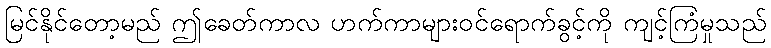
မြင်နိုင်တော့မည် ဤခေတ်ကာလ ဟက်ကာများဝင်ရောက်ခွင့်ကို ကျင့်ကြံမှုသည်